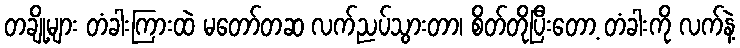
တချို့များ တံခါးကြားထဲ မတော်တဆ လက်ညပ်သွားတာ၊ စိတ်တိုပြီးတော့ တံခါးကို လက်နဲ့